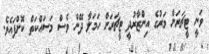
ވަނީ ޓީޗަރަށް މަރުގެ އިންޒާރުދީ ޓީޗަރަށް ހަމަލާ ދޭން ވެސް މަސައްކަތް ކޮށްފައެވެ.